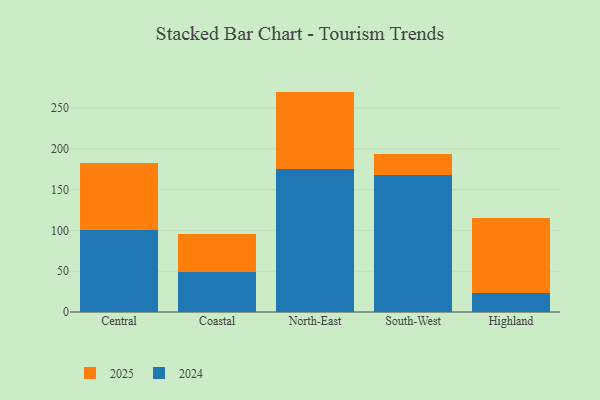
{"axis": {"x": "Region", "y": "Tickets Resolved"}, "legend": ["2024", "2025"], "data": [{"x": "Central", "y": 82.5, "type": "2025"}, {"x": "Central", "y": 100.1, "type": "2024"}, {"x": "Coastal", "y": 46.6, "type": "2025"}, {"x": "Coastal", "y": 49.1, "type": "2024"}, {"x": "North-East", "y": 94.5, "type": "2025"}, {"x": "North-East", "y": 175.6, "type": "2024"}, {"x": "South-West", "y": 26.9, "type": "2025"}, {"x": "South-West", "y": 167.3, "type": "2024"}, {"x": "Highland", "y": 91.5, "type": "2025"}, {"x": "Highland", "y": 23.8, "type": "2024"}]}